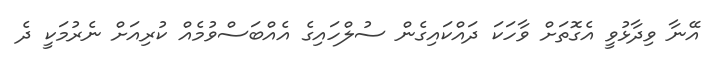
އޭނާ ވިދާޅުވީ އެގޮތަށް ވާހަކަ ދައްކައިގެން ސުލްހައިގެ އެއްބަސްވުމެއް ކުރިއަށް ނެރުމަކީ ދެ